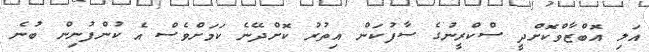
އަލި އޮބްޒާވްކޮށްދީ ސްކްރީނުގެ ސާފުކަން އިތުރު ކޮށްދޭނެ ކަމަށްވެސް އެ ކުންފުނިން ބުނެ